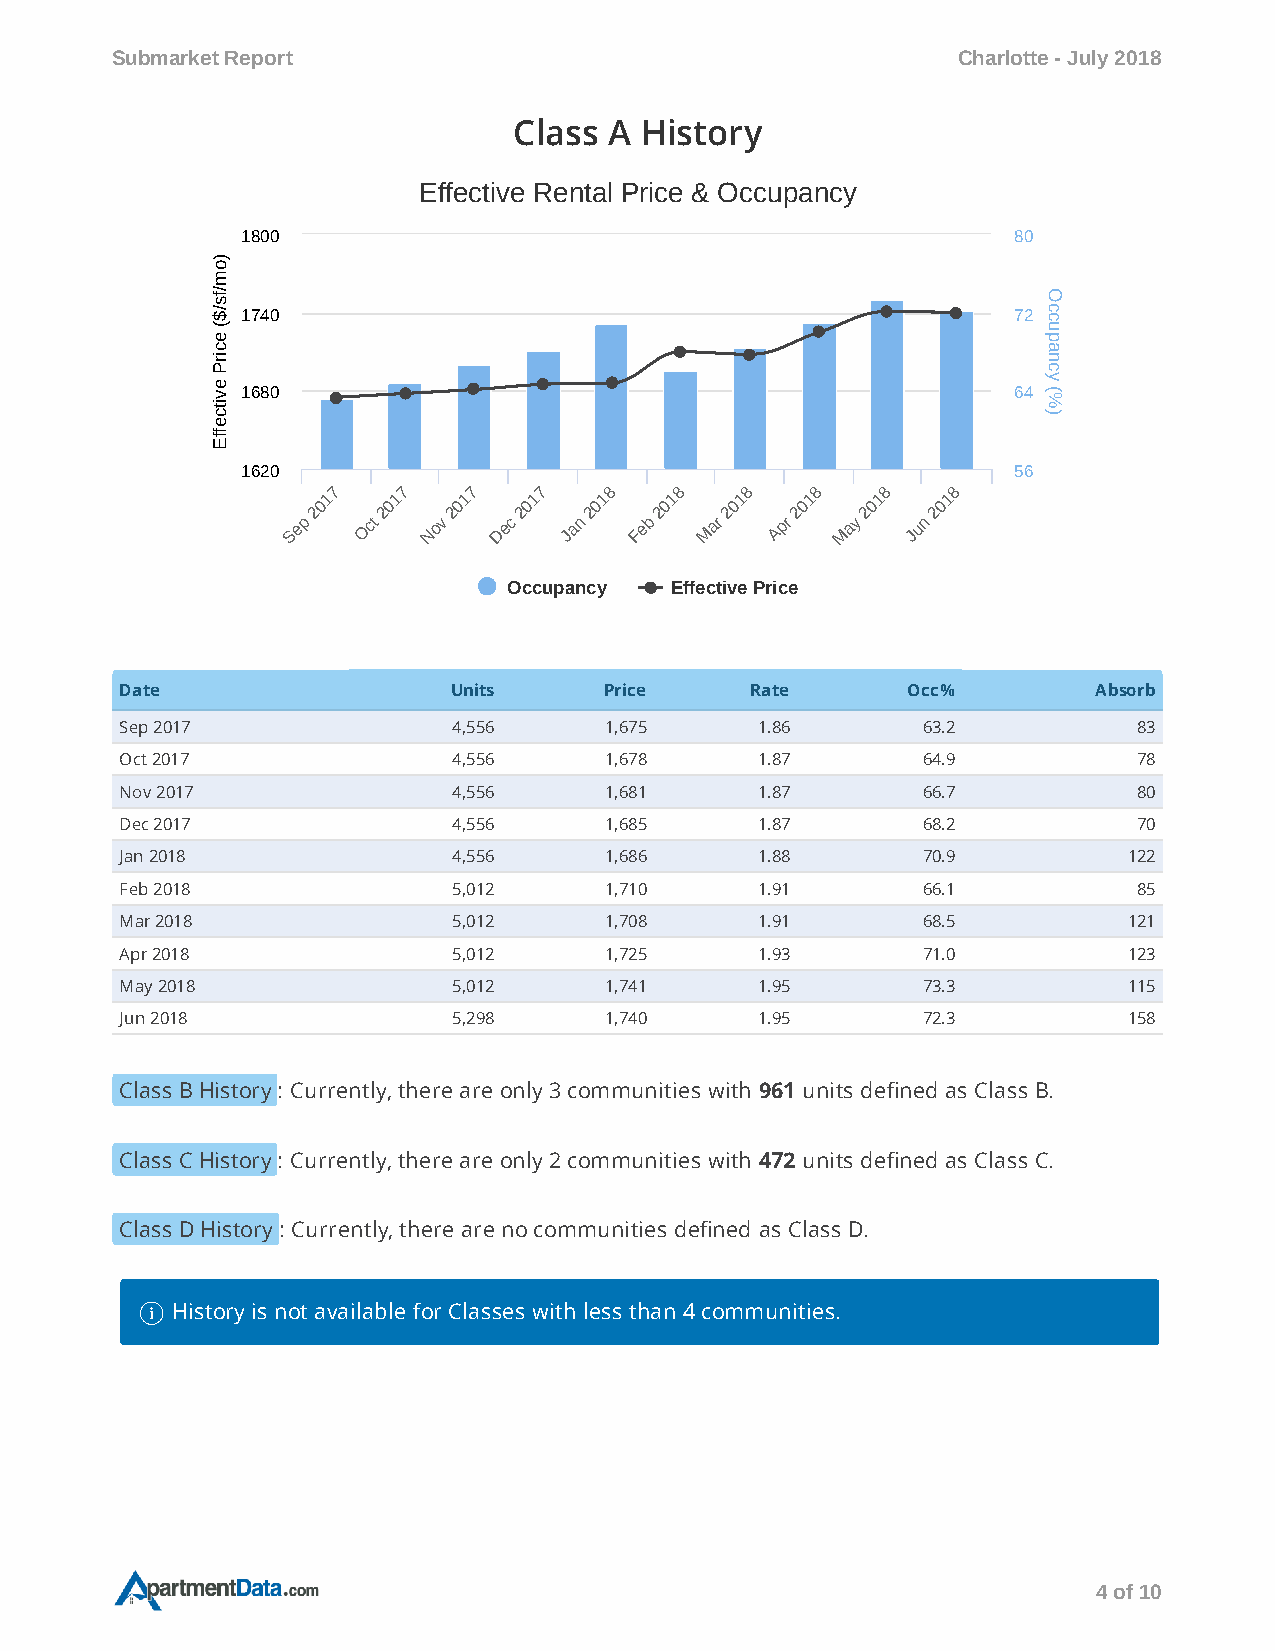
Submarket Report                                        Charlotte - July 2018
 Class A History
 Effective Rental Price & Occupancy
 1800                                               80
 o)
 m
 sf/                                                    O
 $/ 1740                                              72 c c
 e
 (                                                      u
 p
 c                                                      a
 Pri                                                    n
 c
 ve 1680                                              64
 y
 (%
 cti
 )
 e
 Eff
 1620                                               56
 7   7    7    7   8    8   8    8   8    8
 1    1    1   1    1   1    1   1    1    1
 0    0   0    0   0    0   0    0    0   0
 2   2    2   2    2   2    2    2   2    2
 Sep  Oct Nov  Dec Jan  Feb  Mar Apr  May Jun
 Occupancy Effective Price
 Date                  Units     Price     Rate      Occ%         Absorb
 Sep 2017              4,556     1,675     1.86       63.2          83
 Oct 2017              4,556     1,678     1.87       64.9          78
 Nov 2017              4,556     1,681     1.87       66.7          80
 Dec 2017              4,556     1,685     1.87       68.2          70
 Jan 2018              4,556     1,686     1.88       70.9          122
 Feb 2018              5,012     1,710     1.91       66.1          85
 Mar 2018              5,012     1,708     1.91       68.5          121
 Apr 2018              5,012     1,725     1.93       71.0          123
 May 2018              5,012     1,741     1.95       73.3          115
 Jun 2018              5,298     1,740     1.95       72.3          158
 Class B History: Currently, there are only 3 communities with 961 units dened as Class B.
 Class C History: Currently, there are only 2 communities with 472 units dened as Class C.
 Class D History: Currently, there are no communities dened as Class D.
  History is not available for Classes with less than 4 communities.
 4 of 10